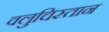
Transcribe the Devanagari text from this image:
वलुचिस्तान